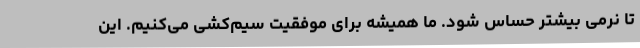
تا نرمی بیشتر حساس شود. ما همیشه برای موفقیت سیم‌کشی می‌کنیم. این